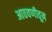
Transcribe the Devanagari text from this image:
आठवणीतून